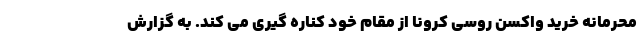
محرمانه خرید واکسن روسی کرونا از مقام خود کناره گیری می کند. به گزارش